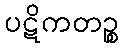
ပဋိကတဉ္စ